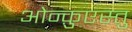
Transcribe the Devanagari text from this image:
ओन्क़ुएस्तु